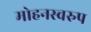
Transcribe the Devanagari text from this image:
मोहनस्वरुप